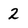
Character: 2